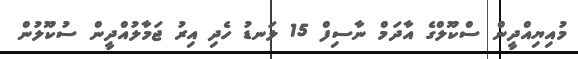
މުއިޔިއްދީން ސްކޫލްގެ އާދަމް ނާސިފް 15 ލަނޑު ހެދި އިރު ޖަމާލުއްދީން ސުކޫލުން